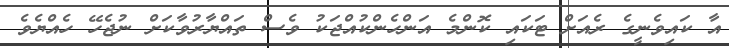
އާ ކައިވެނީގެ ރެއަށް ޓަކައި ކޮންމެ އަންހެންކުއްޖަކު ވެސް ތައްޔާރުވާކަށް ނުޖެހޭ ހެއްޔެވެ